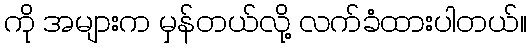
ကို အများက မှန်တယ်လို့ လက်ခံထားပါတယ်။